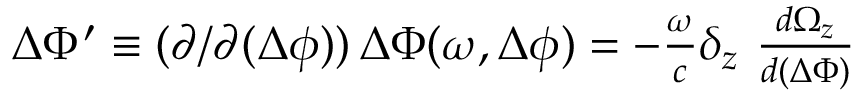
\begin{array} { r } { \Delta \Phi ^ { \prime } \equiv ( \partial / \partial ( \Delta \phi ) ) \, \Delta { \Phi } ( \omega , \Delta \phi ) = - \frac { \omega } { c } \delta _ { z } \, \, \frac { d \Omega _ { z } } { d ( \Delta \Phi ) } } \end{array}